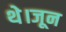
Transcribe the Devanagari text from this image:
थे।जून